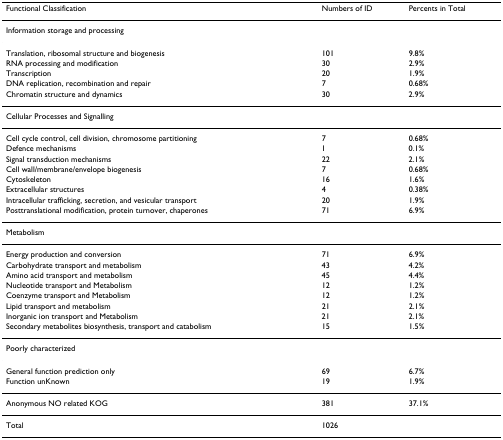
<table><thead><tr><td><b>Functional Classification</b></td><td><b>Numbers of ID</b></td><td><b>Percents in Total</b></td></tr></thead><tbody><tr><td>Information storage and processing</td><td></td><td></td></tr><tr><td>Translation, ribosomal structure and biogenesis</td><td>101</td><td>9.8%</td></tr><tr><td>RNA processing and modification</td><td>30</td><td>2.9%</td></tr><tr><td>Transcription</td><td>20</td><td>1.9%</td></tr><tr><td>DNA replication, recombination and repair</td><td>7</td><td>0.68%</td></tr><tr><td>Chromatin structure and dynamics</td><td>30</td><td>2.9%</td></tr><tr><td>Cellular Processes and Signalling</td><td></td><td></td></tr><tr><td>Cell cycle control, cell division, chromosome partitioning</td><td>7</td><td>0.68%</td></tr><tr><td>Defence mechanisms</td><td>1</td><td>0.1%</td></tr><tr><td>Signal transduction mechanisms</td><td>22</td><td>2.1%</td></tr><tr><td>Cell wall/membrane/envelope biogenesis</td><td>7</td><td>0.68%</td></tr><tr><td>Cytoskeleton</td><td>16</td><td>1.6%</td></tr><tr><td>Extracellular structures</td><td>4</td><td>0.38%</td></tr><tr><td>Intracellular trafficking, secretion, and vesicular transport</td><td>20</td><td>1.9%</td></tr><tr><td>Posttranslational modification, protein turnover, chaperones</td><td>71</td><td>6.9%</td></tr><tr><td>Metabolism</td><td></td><td></td></tr><tr><td>Energy production and conversion</td><td>71</td><td>6.9%</td></tr><tr><td>Carbohydrate transport and metabolism</td><td>43</td><td>4.2%</td></tr><tr><td>Amino acid transport and metabolism</td><td>45</td><td>4.4%</td></tr><tr><td>Nucleotide transport and Metabolism</td><td>12</td><td>1.2%</td></tr><tr><td>Coenzyme transport and Metabolism</td><td>12</td><td>1.2%</td></tr><tr><td>Lipid transport and metabolism</td><td>21</td><td>2.1%</td></tr><tr><td>Inorganic ion transport and Metabolism</td><td>21</td><td>2.1%</td></tr><tr><td>Secondary metabolites biosynthesis, transport and catabolism</td><td>15</td><td>1.5%</td></tr><tr><td>Poorly characterized</td><td></td><td></td></tr><tr><td>General function prediction only</td><td>69</td><td>6.7%</td></tr><tr><td>Function unKnown</td><td>19</td><td>1.9%</td></tr><tr><td>Anonymous NO related KOG</td><td>381</td><td>37.1%</td></tr><tr><td>Total</td><td>1026</td><td></td></tr></tbody></table>